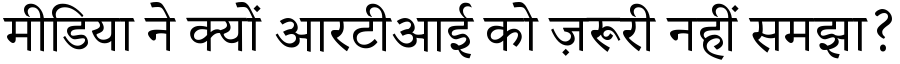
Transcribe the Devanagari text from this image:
मीडिया ने क्यों आरटीआई को ज़रूरी नहीं समझा?